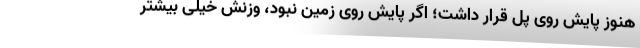
هنوز پایش روی پل قرار داشت؛ اگر پایش روی زمین نبود، وزنش خیلی بیشتر